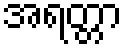
အရတ္တာ